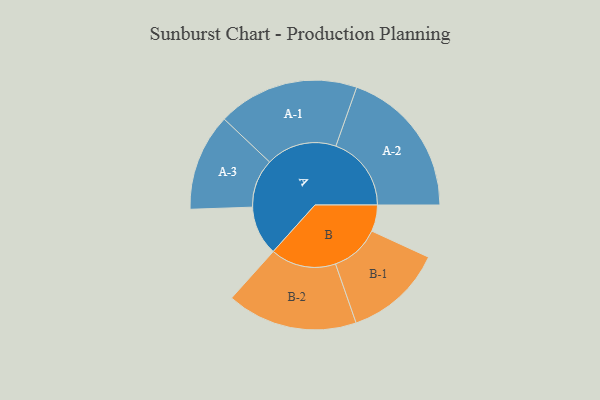
{"axis": {"x": "Segment", "y": "Value"}, "legend": ["", "A", "B"], "data": [{"x": "A", "y": 187, "type": ""}, {"x": "B", "y": 100, "type": ""}, {"x": "A-1", "y": 268, "type": "A"}, {"x": "A-2", "y": 286, "type": "A"}, {"x": "A-3", "y": 184, "type": "A"}, {"x": "B-1", "y": 187, "type": "B"}, {"x": "B-2", "y": 248, "type": "B"}]}